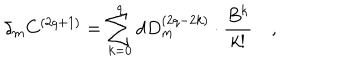
\delta _ { m } C ^ { \left( 2 q + 1 \right) } = \sum _ { k = 0 } ^ { q } d D _ { m } ^ { \left( 2 q - 2 k \right) } \cdot \frac { B ^ { k } } { k ! } \quad ,